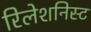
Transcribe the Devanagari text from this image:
रिलेशनिस्ट